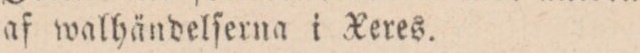
af walhändelſerna i Xeres.